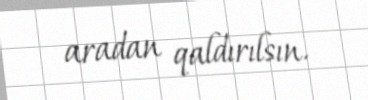
aradan qaldırılsın.